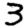
Digit: 3